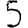
Digit: 5